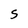
Character: S